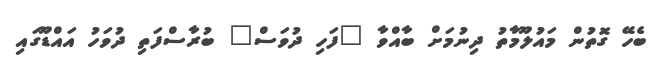
ބެހޭ ގޮތުން މައުލޫމާތު ދިނުމަށް ބާއްވާ "ފަހި ދުވަސް" ބުރާސްފަތި ދުވަހު އައްޑޫގައި